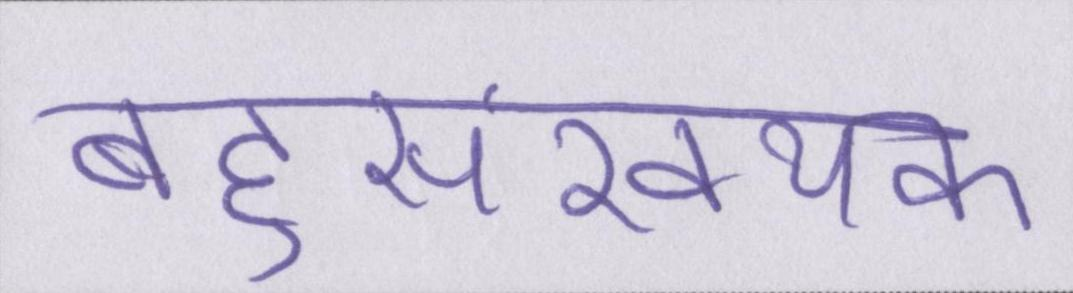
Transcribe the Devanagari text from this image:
बहुसंख्यक